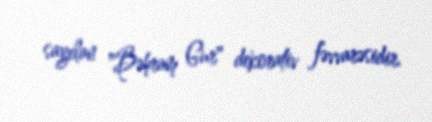
sayılan "Bəhram Gur" dekorativ fəvvarəsidir.